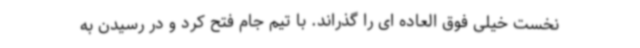
نخست خیلی فوق العاده ای را گذراند. با تیم جام فتح کرد و در رسیدن به